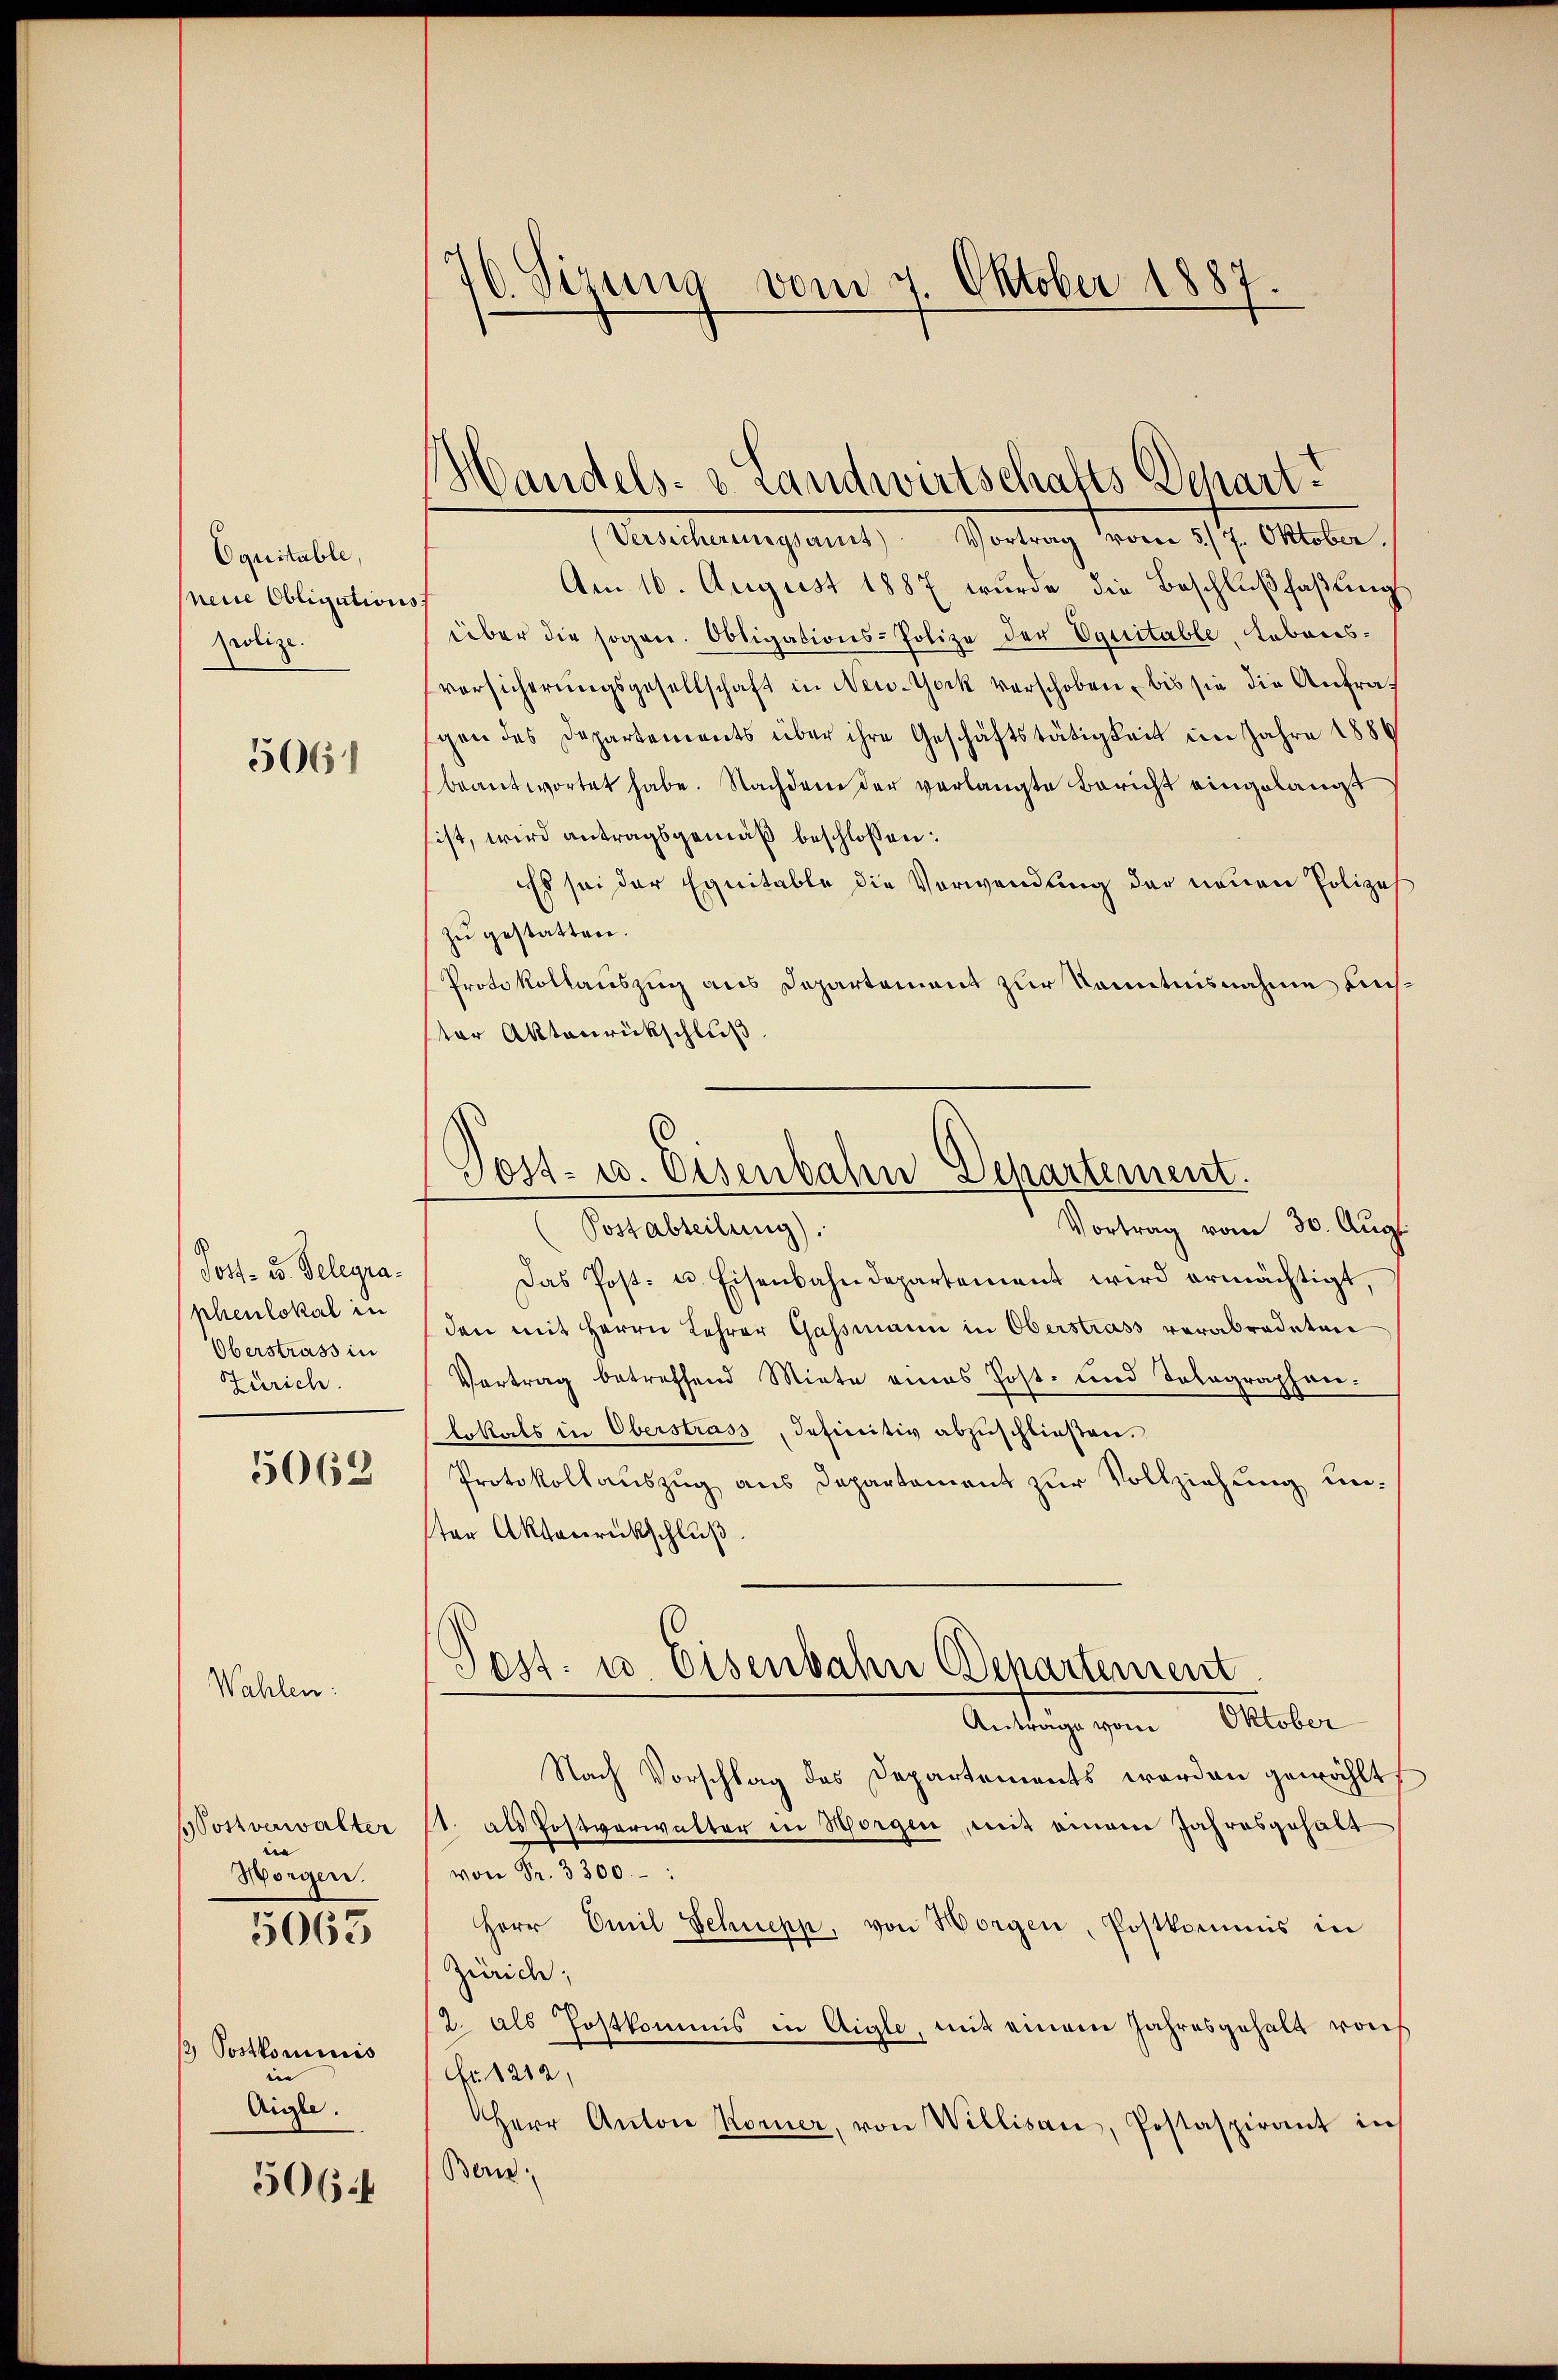
Equitable,
neue Obligation
polize

3661

Post- u. Belegrapheulokal in
Oberstrass in
Zürich.

5062

Wahlen:

Wostverwalter
e
Morgen.

5063

/ Postkominis
een |
Aigle.

506

16. Sizung vom 7. Oktober 1887
f

Mandels- & Landwirtschafts-Depart.

Post- u. Eisenbahn Departement.

(Versicherungsamt Vortrag vom 5/7. Oktober,
Am 16. August 1887 wurde die Beschlußfaßung
über die sogen. Obligations-Polize der Equitable, Lebensversicherungsgesellschaft in New-York verschoben, bis sie die Anfragen des Departements über ihre Geschäftstätigkeit im Jahre 1889
beantwortet habe. Nachdem der verlangte Bericht eingelangt
ist, wird antragsgemäß beschlossen:
Es sei der Equitable die Verwendung der neuen Polizeh
zŭ gestatten.
Protokollauszug aus Departement zur Kenntnisnahme auchster Aktenrückschluß
Vortrag vom 30. Aug.
(Postabteilung).
Das Post- u. Eisenbahndepartement wird ermächtigt,
den mit Herrn Lehrer Gassmann in Oberstrass verabredeten
Vertrag betreffend Miete eines Post- und Solographen-
Erkals in Oberstrass, definitiv abzuschließen.
Protokollauszug aus Departement zur Vollziehung unter Aktenrückschluß
Post. u. Eisenbahn Departement
Antrage vom Oktober
Nach Vorschlag des Departements werden gewählt
1. als Postverwalter in Horgen, mit einem Jahresgehalt
von Fr. 3300.
Herr Emil Schnepp, von Horgen, Postkommis in
Zürich;
2. als Postkommis in Aigle, mit einem Jahresgehalt von
fr. 1212,
Herr Anton Korner, von Willisau, Postaspirant in
Bern.